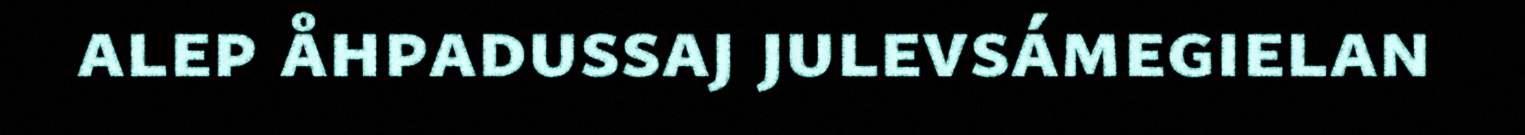
alep åhpadussaj julevsámegielan